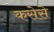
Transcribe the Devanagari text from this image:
कसेसे